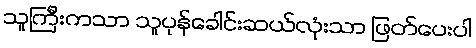
သူကြီးကသာ သူပုန်ခေါင်းဆယ်လုံးသာ ဖြတ်ပေးပါ